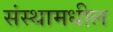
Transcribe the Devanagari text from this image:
संस्थामधील